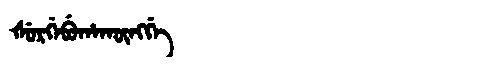
Manchu: ᡧᡠᡵᡤᡝᠪᡠᡥᠠᡴᡡᠩᡤᡝ
Romanization: ŠURGEBUHAKŪNGGE